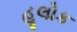
હૂલોક